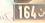
164